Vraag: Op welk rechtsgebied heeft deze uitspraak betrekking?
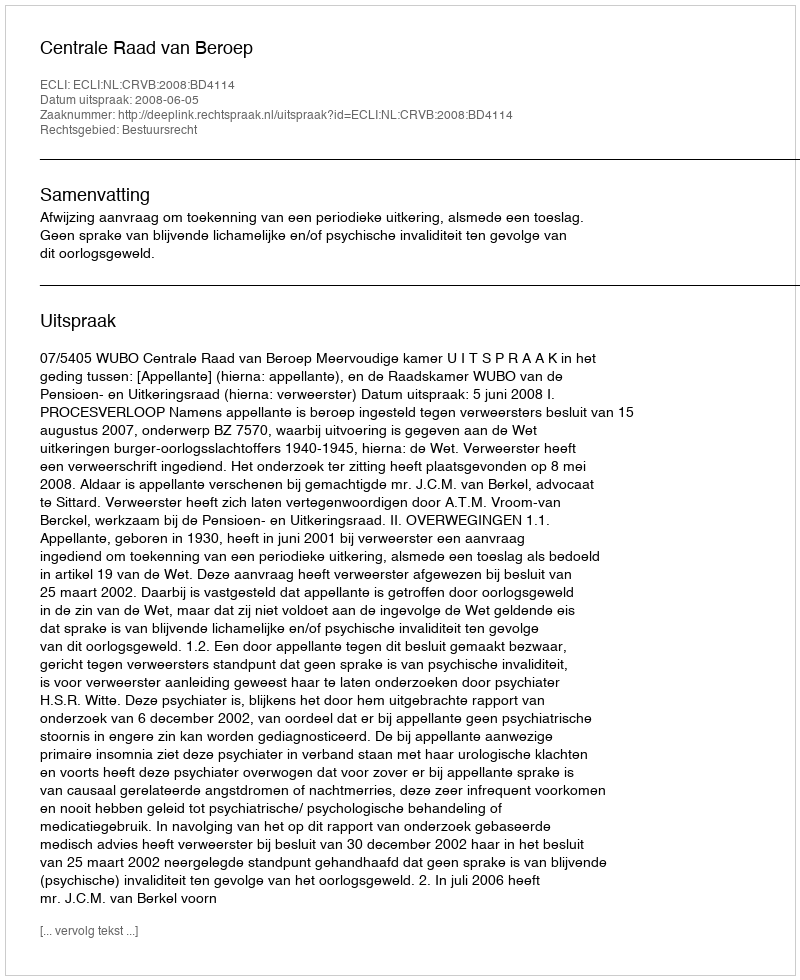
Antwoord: Bestuursrecht